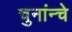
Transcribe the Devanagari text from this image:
चुनांन्चे